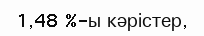
1,48 %-ы кәрістер,